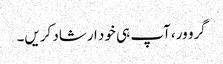
گرو ور، آپ ہی خود ارشاد کریں۔